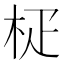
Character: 𣐌